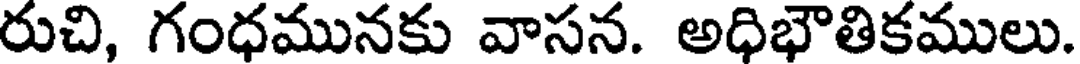
రుచి, గంధమునకు వాసన. అధిభౌతికములు.